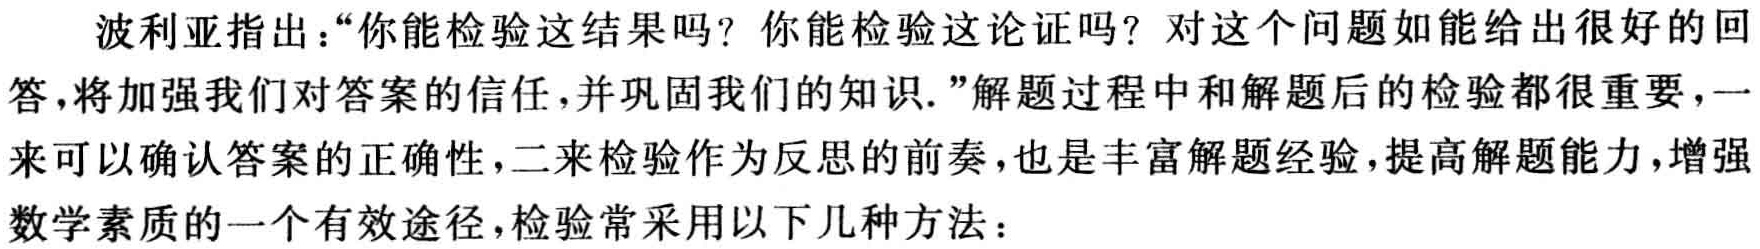
波利亚指出：“你能检验这结果吗？你能检验这论证吗？对这个问题如能给出很好的回答，将加强我们对答案的信任，并巩固我们的知识.”解题过程中和解题后的检验都很重要，一来可以确认答案的正确性，二来检验作为反思的前奏，也是丰富解题经验，提高解题能力，增强数学素质的一个有效途径，检验常采用以下几种方法：